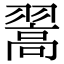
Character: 翯